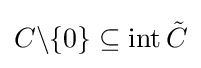
C\backslash \{0\}\subseteq \operatorname {int} {\tilde {C}}